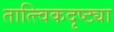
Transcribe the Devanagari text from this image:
तात्त्विकदृष्ट्या